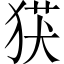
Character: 获